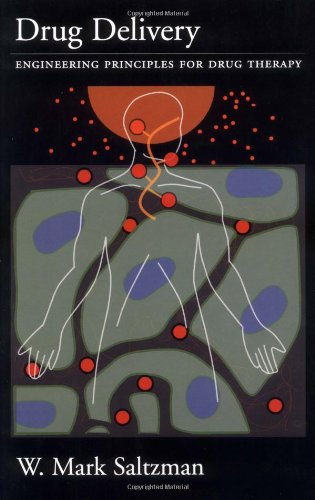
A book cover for Drug Delivery: Engineering Principles for Drug Therapy (Topics in Chemical Engineering); W. Mark Saltzman; Medical Books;